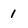
Character: 1